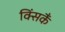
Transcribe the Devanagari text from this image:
क्सिंकैं